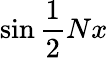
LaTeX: \sin{\frac{1}{2}}Nx